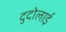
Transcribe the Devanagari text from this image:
दुदोलाई